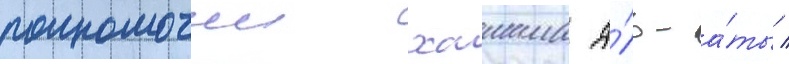
полномочии хашима а́ль-а́ты /